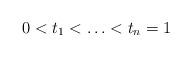
LaTeX: \begin{align*}0<t_1<\ldots<t_n=1\end{align*}